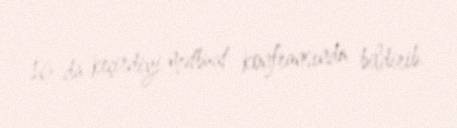
16-da keçirdiyi mətbuat konfransında bildirib.